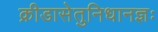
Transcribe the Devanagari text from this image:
क्रीडासेतुनिधानज्ञः